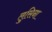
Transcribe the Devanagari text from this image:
लुसिना